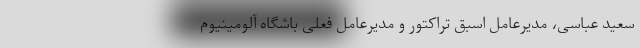
سعید عباسی، مدیرعامل اسبق تراکتور و مدیرعامل فعلی باشگاه آلومینیوم